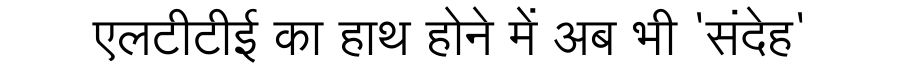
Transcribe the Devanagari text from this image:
एलटीटीई का हाथ होने में अब भी 'संदेह'